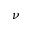
\nu